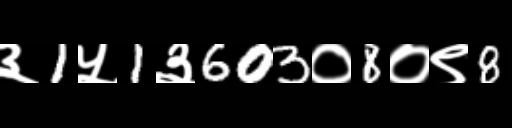
Text: ३1५1३603०8०९8